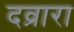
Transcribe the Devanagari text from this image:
दव्रारा